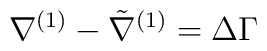
\nabla^{(1)} - \tilde{\nabla}^{(1)} = \Delta \Gamma